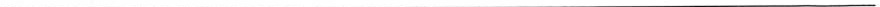
___